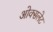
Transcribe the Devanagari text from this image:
ओक्सलेट